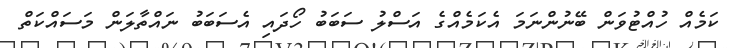
ކަމެއް ހުއްޓުވަން ބޭނުންނަމަ އެކަމެއްގެ އަސްލު ސަބަބު ހޯދައި އެސަބަބު ނައްތާލަން މަސައްކަތް